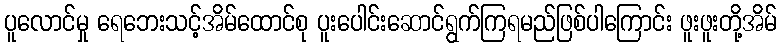
ပူလောင်မှု ရေဘေးသင့်အိမ်ထောင်စု ပူးပေါင်းဆောင်ရွက်ကြရမည်ဖြစ်ပါကြောင်း ဖူးဖူးတို့အိမ်